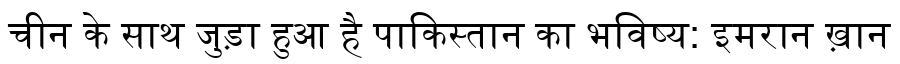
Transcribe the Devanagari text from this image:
चीन के साथ जुड़ा हुआ है पाकिस्तान का भविष्य: इमरान ख़ान